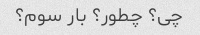
چی؟ چطور؟ بار سوم؟